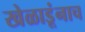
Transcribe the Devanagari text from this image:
खेळाडूंनाच